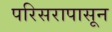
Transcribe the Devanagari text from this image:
परिसरापासून